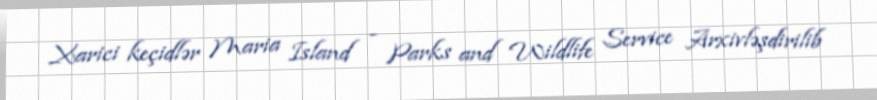
Xarici keçidlər Maria Island - Parks and Wildlife Service Arxivləşdirilib